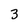
Character: 3